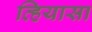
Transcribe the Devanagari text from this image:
व्हियासा